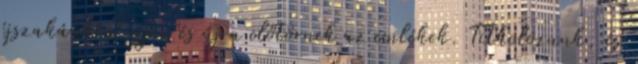
éjszakánként újra és újra előtörnek az emlékek. Titkolózunk, és